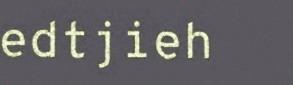
edtjieh